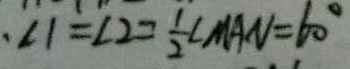
\angle 1 = \angle 2 = \frac { 1 } { 2 } \angle M A N = 6 0 ^ { \circ }